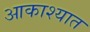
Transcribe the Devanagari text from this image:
आकाश्यात